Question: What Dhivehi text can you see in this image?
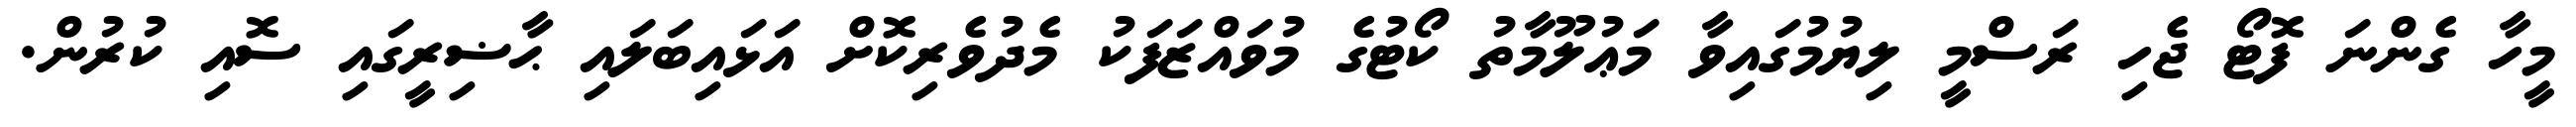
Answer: މީހާ ގެންނަ ފޮޓޯ ޖެހި ރަސްމީ ލިޔުމުގައިވާ މަޢުލޫމާތު ކޯޓުގެ މުވައްޒަފަކު މެދުވެރިކޮށް އަޅައިބަލައި ޙާޟިރީގައި ސޮއި ކުރުން.